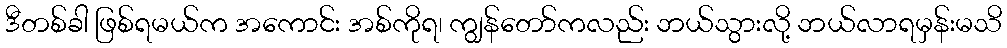
ဒီတစ်ခါ ဖြစ်ရမယ်က အကောင်း အစ်ကိုရ၊ ကျွန်တော်ကလည်း ဘယ်သွားလို့ ဘယ်လာရမှန်းမသိ